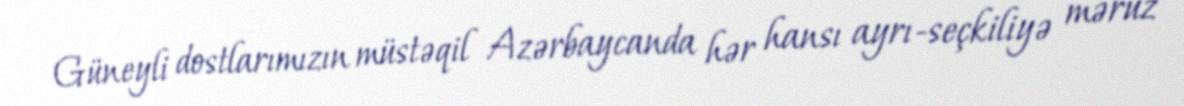
Güneyli dostlarımızın müstəqil Azərbaycanda hər hansı ayrı-seçkiliyə məruz